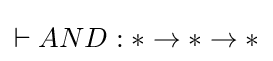
\vdash AND:*\to *\to *